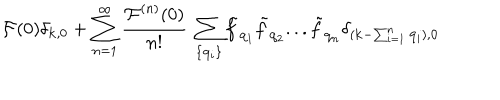
LaTeX: { \mathcal { F } } ( 0 ) \delta _ { { \bf { k } } , 0 } + \sum _ { n = 1 } ^ { \infty } \frac { { \mathcal { F } } ^ { ( n ) } ( 0 ) } { n ! } \mathrm { ~ } \sum _ { \{ { \bf { q } } _ { i } \} } { \tilde { f } } _ { { \bf { q } } _ { 1 } } { \tilde { f } } _ { { \bf { q } } _ { 2 } } . . . { \tilde { f } } _ { { \bf { q } } _ { n } } \delta _ { ( { \bf { k } } - \sum _ { i = 1 } ^ { n } { \bf { q } } _ { i } ) , { \bf { 0 } } }